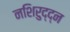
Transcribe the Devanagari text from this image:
नशिरुद्द्न